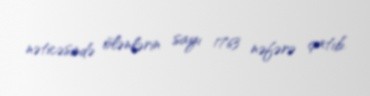
nəticəsində ölənlərin sayı 1763 nəfərə çatıb.